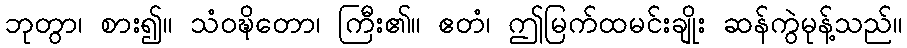
ဘုတွာ၊ စား၍။ သံဝဍ္ဎိတော၊ ကြီး၏။ ဧတံ၊ ဤမြက်ထမင်းချိုး ဆန်ကွဲမုန့်သည်။